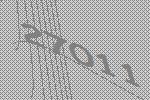
27011